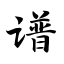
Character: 谱